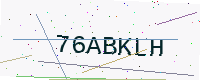
Text: 76ABKLH